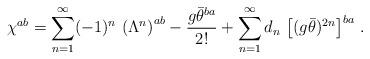
LaTeX: \begin{align*}\chi^{ab}=\sum_{n=1}^\infty(-1)^n\,\left(\Lambda^n\right)^{ab}-\frac{g\bar\theta^{ba}}{2!}+\sum_{n=1}^\infty d_n\,\left[(g\bar\theta)^{2n}\right]^{ba}\,.\end{align*}